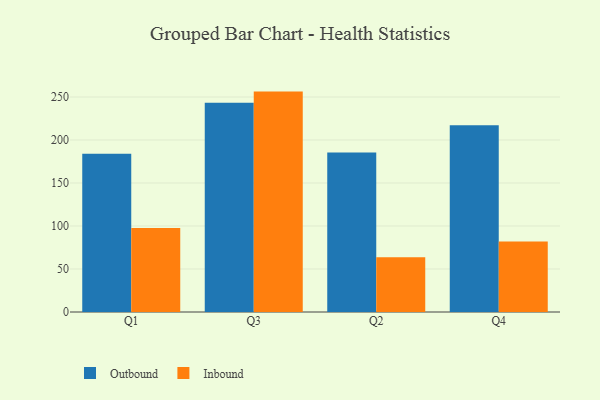
{"axis": {"x": "Quarter", "y": "Backlog"}, "legend": ["Inbound", "Outbound"], "data": [{"x": "Q1", "y": 183.9, "type": "Outbound"}, {"x": "Q1", "y": 97.8, "type": "Inbound"}, {"x": "Q3", "y": 243.4, "type": "Outbound"}, {"x": "Q3", "y": 256.3, "type": "Inbound"}, {"x": "Q2", "y": 185.4, "type": "Outbound"}, {"x": "Q2", "y": 63.6, "type": "Inbound"}, {"x": "Q4", "y": 217.3, "type": "Outbound"}, {"x": "Q4", "y": 81.9, "type": "Inbound"}]}